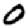
Digit: 0